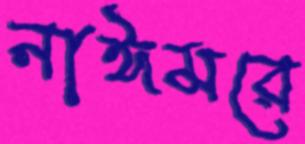
নাঈমরে